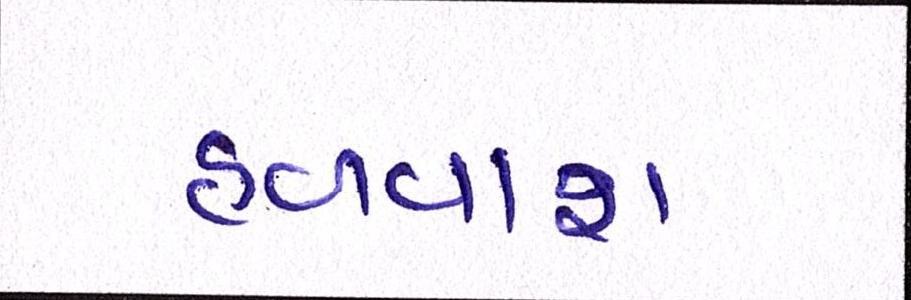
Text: હળવાશ